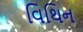
વિથિન